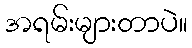
အရမ်းများတာပဲ။